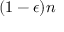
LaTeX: ( 1 - \epsilon ) n